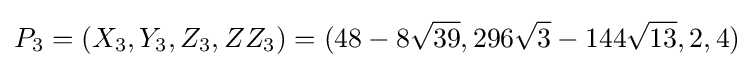
P_{3}=(X_{3},Y_{3},Z_{3},ZZ_{3})=(48-8{\sqrt {39}},296{\sqrt {3}}-144{\sqrt {13}},2,4)